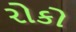
રોકો